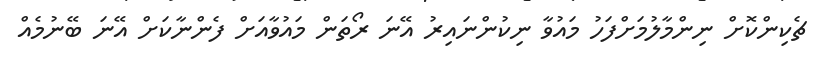
ޗެކިންކޮށް ނިންމާލުމަށްފަހު މައުވާ ނިކުންނައިރު އޭނަ ރޯތަން މައުވާއަށް ފެންނާކަށް އޭނަ ބޭނުމެއް